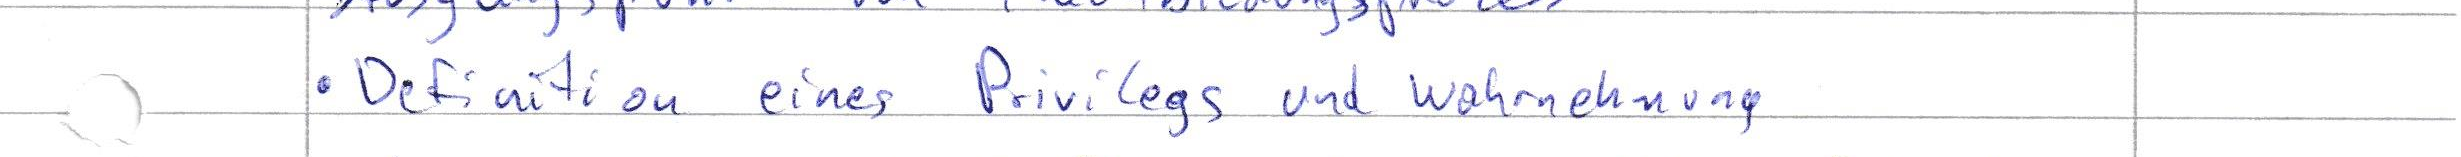
Definition eines Privilegs und Wahrnehmung